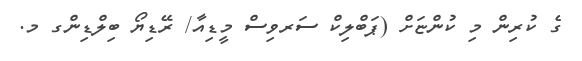
ގެ ކުރިން މި ކުންޏަށް (ޕަބްލިކް ސަރވިސް މީޑިއާ/ ރޭޑިޔޯ ބިލްޑިންގ މ.